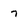
Character: 7